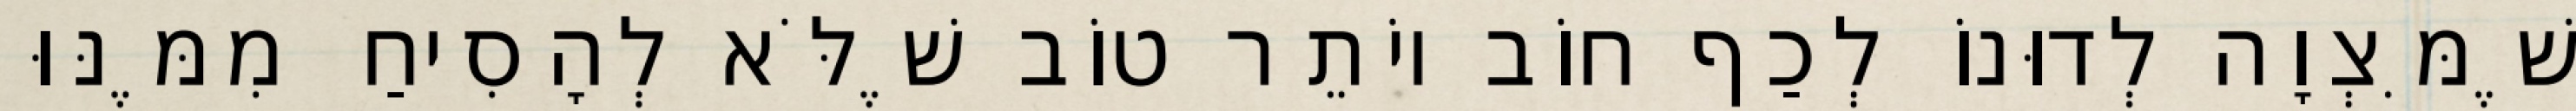
שֶׁמִּצְוָה לְדוּנוֹ לְכַף חוֹב יוֹתֵר טוֹב שֶׁלֹּא לְהָסִיחַ מִמֶּנּוּ